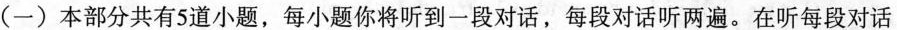
（一）本部分共有5道小题,每小题你将听到一段对话，每段对话听两遍.在听每段对话